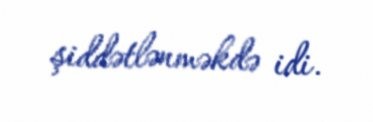
şiddətlənməkdə idi.